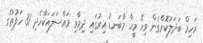
ރަހިމް ބަދަލުކޮށްގެން ވިހޭ މީހާ މާބަނޑު އިރުގައި ދިމާވި މައްސަލައަކާހެދި 31 ހަފުތާގެ